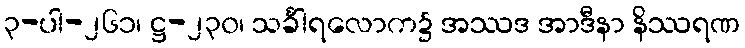
၃-ပါ-၂၆၁၊ ဋ္ဌ-၂၃၀၊ သင်္ခါရလောက၌ အဿဒ အာဒီနာ နိဿရဏ